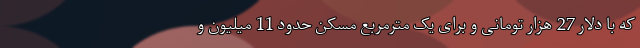
که با دلار 27 هزار تومانی و برای یک مترمربع مسکن حدود 11 میلیون و